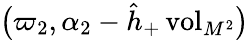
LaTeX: \big(\varpi_{2},\alpha_{2}-\hat{h}_{+}\, \mathrm{vol}_{M^{2}}\big)